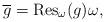
LaTeX: \begin{gather*}\overline{g} = \operatorname{Res}_{\omega}(g) \omega,\end{gather*}